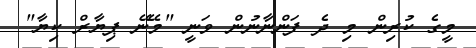
މީގެ ކުރިން މި ދެ ފަންނާނުން ވަނީ "މޭނޭ ޕިޔާރް ކިޔާ"